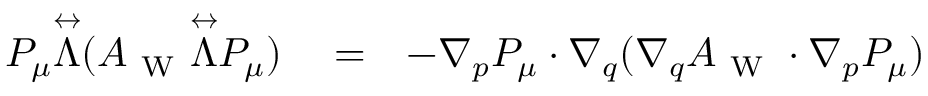
\begin{array} { r l r } { P _ { \mu } \overset \leftrightarrow { \Lambda } ( A _ { \mathrm { ~ W ~ } } \overset \leftrightarrow { \Lambda } P _ { \mu } ) } & { { } = } & { - { \nabla } _ { \b { p } } P _ { \mu } \cdot { \nabla } _ { \b { q } } ( { \nabla } _ { \b { q } } A _ { \mathrm { ~ W ~ } } \cdot { \nabla } _ { \b { p } } P _ { \mu } ) } \end{array}